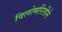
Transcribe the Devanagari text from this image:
विलोमरितीने